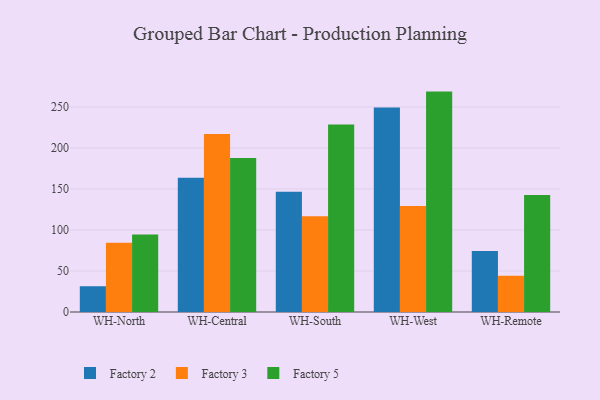
{"axis": {"x": "Warehouse", "y": "Backlog"}, "legend": ["Factory 2", "Factory 3", "Factory 5"], "data": [{"x": "WH-North", "y": 31.4, "type": "Factory 2"}, {"x": "WH-North", "y": 84.5, "type": "Factory 3"}, {"x": "WH-North", "y": 94.6, "type": "Factory 5"}, {"x": "WH-Central", "y": 163.6, "type": "Factory 2"}, {"x": "WH-Central", "y": 216.9, "type": "Factory 3"}, {"x": "WH-Central", "y": 187.9, "type": "Factory 5"}, {"x": "WH-South", "y": 146.7, "type": "Factory 2"}, {"x": "WH-South", "y": 116.7, "type": "Factory 3"}, {"x": "WH-South", "y": 228.5, "type": "Factory 5"}, {"x": "WH-West", "y": 249.3, "type": "Factory 2"}, {"x": "WH-West", "y": 129.1, "type": "Factory 3"}, {"x": "WH-West", "y": 268.7, "type": "Factory 5"}, {"x": "WH-Remote", "y": 74.5, "type": "Factory 2"}, {"x": "WH-Remote", "y": 44.2, "type": "Factory 3"}, {"x": "WH-Remote", "y": 142.5, "type": "Factory 5"}]}